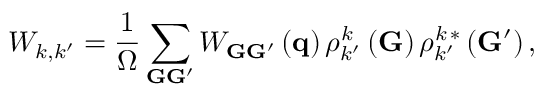
W _ { k , k ^ { \prime } } = \frac { 1 } { \Omega } \sum _ { { \bf G } { \bf G } ^ { \prime } } W _ { { \bf G } { \bf G } ^ { \prime } } \left( { \bf q } \right) \rho _ { k ^ { \prime } } ^ { k } \left( { \bf G } \right) \rho _ { k ^ { \prime } } ^ { k \, * } \left( { \bf G } ^ { \prime } \right) ,